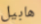
هابيل